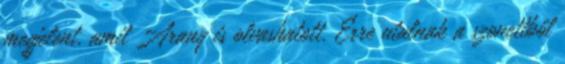
megjelent, amit Arany is olvashatott. Erre utalnak a szonettből